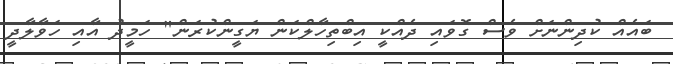
ބައެއް ކުދިންނަށް ވެސް ގޮވައި ދެއްކީ އިބްތިހާލްކަން ޔަގީންކުރަން" ހަމީދު އާއި ހަވާލާދީ